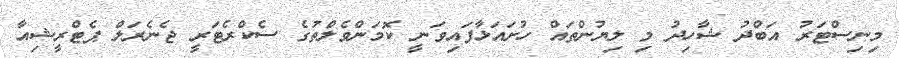
މިނިސްޓަރު އަބްދު ޝާހިދު މި ލިޔުންތައް ހުށައަޅާފައިވަނީ ކޮމަންވެލްތުގެ ސެކްރެޓަރީ ޖެނެރަލް ޕެޓްރީޝިއާ